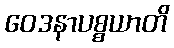
ဝေဒနာပစ္စယာတိ